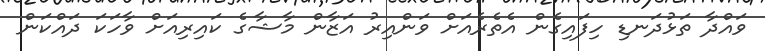
ވައްދާ ތަޅުދަނޑި ހިފައިގެން އެތެރެއަށް ވަންއިރު އަޒާން މާޝާގެ ކައިރިއަށް ވާހަކަ ދައްކަން